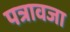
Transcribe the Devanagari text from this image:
पत्रावजा